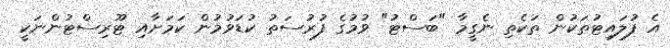
އެ ފުލައިޓުތަކުން ތަކެތި ނެގީމާ "ބަސްޓު" ވުމުގެ ފުރުސަތު ކުޑަވުމުން ކަމަށާއި ޓޫރިސްޓުންނަކީ